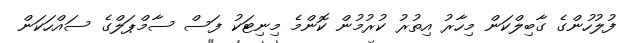
ފުލުހުންގެ ގާބިލްކަން މިހާރު އިތުރު ކުރުމުން ކޮންމެ މިނިޓަކު ފަސް ސާމްޕަލްގެ ސައްހަކަން